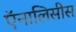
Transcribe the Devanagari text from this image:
ऍनालिसीस